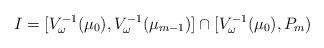
LaTeX: \begin{align*}I = [V_\omega^{-1}(\mu_0),V_\omega^{-1}(\mu_{m-1})] \cap [V_\omega^{-1}(\mu_0),P_m)\end{align*}